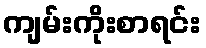
ကျမ်းကိုးစာရင်း